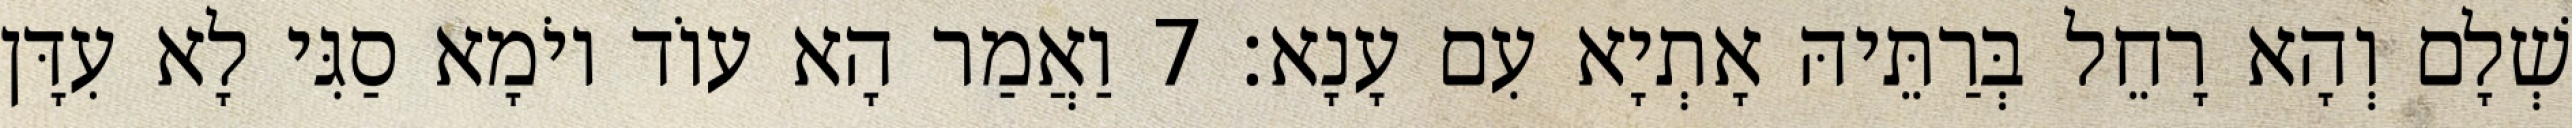
שְׁלָם וְהָא רָחֵל בְּרַתֵּיהּ אָתְיָא עִם עָנָא׃ 7 וַאֲמַר הָא עוֹד יוֹמָא סַגִּי לָא עִדָּן